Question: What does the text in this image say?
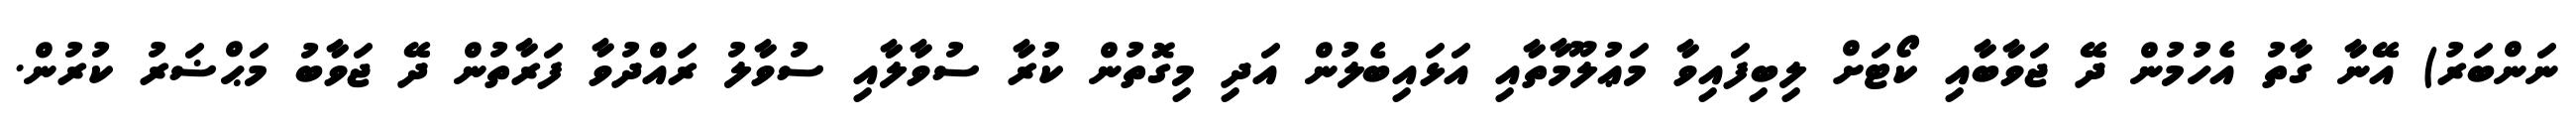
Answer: ނަންބަރު) އޭނާ ގާތު އެހުމުން ދޭ ޖަވާބާއި ކޯޓަށް ލިބިފައިވާ މަޢުލޫމާތާއި އަޅައިބެލުން އަދި މިގޮތުން ކުރާ ސުވާލާއި ސުވާލު ރައްދުވާ ފަރާތުން ދޭ ޖަވާބު މަޙްޟަރު ކުރުން.